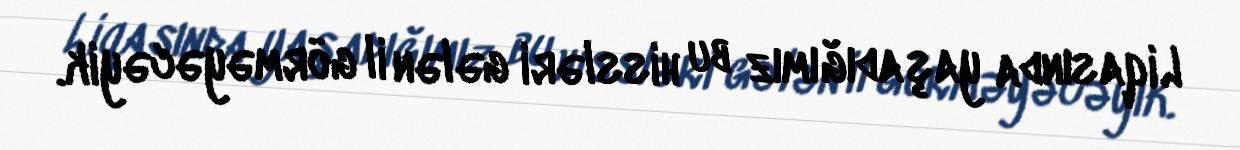
Liqasında yaşadığımız bu hissləri gələn il görməyəcəyik.